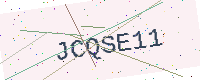
Text: JCQSE11